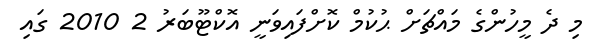
މި ދެ މީހުންގެ މައްޗަށް ޙުކުމް ކޮށްފައިވަނީ އޮކްޓޫބަރު 2 2010 ގައި